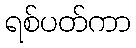
ရစ်ပတ်ကာ